Report on enteric fever
Disease focus: Fever
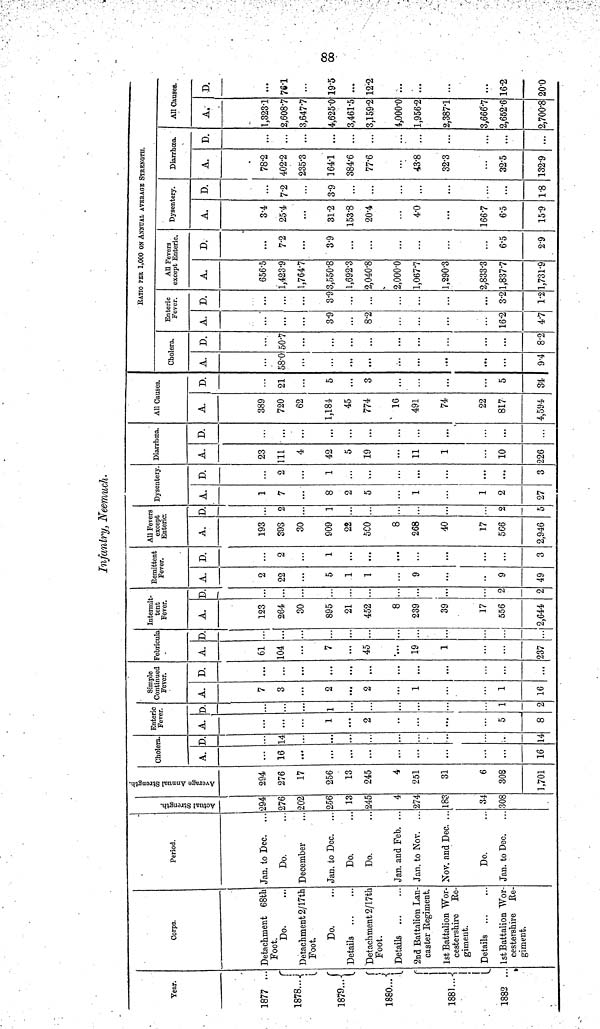
88
Infantry, Neemuch.
Year.
1877 ...
1878...
1879...
1880...
1881...
1882 ..
Corps.
Detachment 68th
Foot
Do.
Detachment 2/17th
Foot.
Do.
Details
Detachment 2/17th
Foot.
Details
2nd Battalion Lan
caster Regiment
1st Battalion Wor-
cestershire Re-
giment.
Details
1st Battalion Wor-
cestershire Re-
giment.
Period.
Jan. to Dec.
Do.
December
...
Jan. to Dec.
Do.
Do.
Jan. and Feb. ..
Jan. to Nov. ..
Nov. and Dec. ..
Do.
Jan. to Dec.
Actual Strength.
294
276
202
256
13
245
4
274
183
34
308
Average Annual Strength.
294
276
17
256
13
245
4
251
31
6
308
1,701
Cholera.
A.
16
...
...
...
16
D.
14
••
...
14
Enteric
Fever.
A.
...
1
2
5
8
D.
...
1
••
1
2
Simple
Continued
Fever.
A.
7
3
2
2
1
1
16
D.
...
...
...
...
...
Febricula
A.
61
104
7
45
19
1
...
237
D.
...
...
...
Intermit-
tent
Fever.
A.
123
264
30
895
21
452
8
239
39
17
556
2,644
D.
...
...
...
...
...
...
2
2
Remittent
Fever.
A.
2
22
...
5
1
1
9
...
...
9
49
D.
2
...
1
...
...
...
...
...
...
3
All Fevers
except
Enteric:
A.
193
393
30
909
22
5C0
8
268
40
17
566
2,946
D.
2
...
1
...
...
2
5
Dysentery.
A.
1
7
...
8
2
5
1
1
2
27
D.
2
...
1
...
...
...
...
...
...
3
Diarrhœa.
A.
23
111
4
42
5
19
11
1
10
226
D.
...
...
...
...
...
...
All Causes.
A.
389
720
62
1,184
45
774
16
491
74
22
817
4,594
D.
21
5
...
3
5
34
RATIO PER 1,000 ON ANNUAL AVERAGE STRENGTH.
Cholera.
A.
58.0
...
...
...
9.4
D.
50.7
...
...
...
...
8.2
Enteric
Fever.
A.
...
3.9
8.2
16.2
4.7
D.
...
3.9
...
3.2
1.2
All Fevers
except Enteric.
A.
656.5
1,423.9
1,764.7
3,550.8
1,692.3
2,040.8
2,000.0
1,067.7
1,290.3
2,833.3
1,8377
1,731.9
D.
7.2
...
3.9
...
...
...
...
6.5
2.9
Dysentery.
A.
3.4
25.4
...
31.2
153.8
20.4
4.0
...
166.7
6.5
15.9
D.
7.2
3.9
...
...
...
...
...
1.8
Diarrhœa.
A.
78.2
402.2
235.3
164.1
384.6
77.6
...
43.8
32.3
...
32.5
132.9
D.
...
...
...
...
...
...
...
...
...
All Causes.
A.
1,323.1
2,608.7
3,647.7
4,625.0
3,461.5
3,159.2
4,000.0
1,956.2
2,387.1
3,666.7
2,652.6
2,700.8
D.
761
...
19.5
...
12.2
...
...
...
...
16.2
20.0